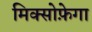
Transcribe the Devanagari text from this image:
मिक्सोफ़ेगा